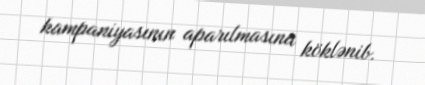
kampaniyasının aparılmasına köklənib.